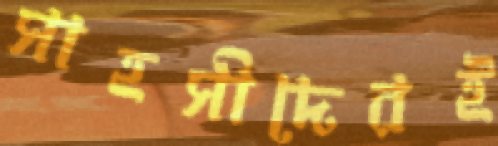
সাহসীদেরই